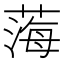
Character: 𦷫